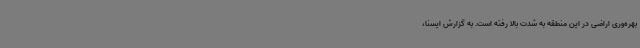
بهره‌وری اراضی در این منطقه به شدت بالا رفته است. به گزارش ایسنا،‌